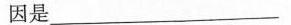
因是___